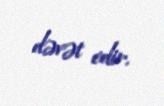
dəvət edir.